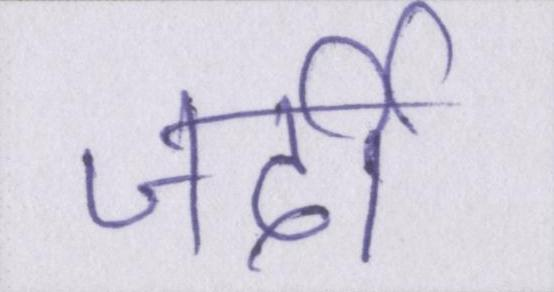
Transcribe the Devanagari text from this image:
जर्दी